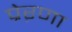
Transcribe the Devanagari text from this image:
प्रेऱणा